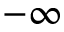
- \infty